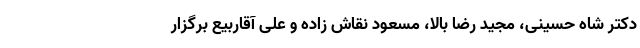
دکتر شاه حسینی، مجید رضا بالا، مسعود نقاش زاده و علی آقاربیع برگزار